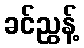
ခင်ညွန့်